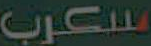
سكرب